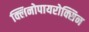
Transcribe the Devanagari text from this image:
क्लिनोपायरोक्सिन